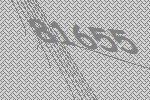
81655